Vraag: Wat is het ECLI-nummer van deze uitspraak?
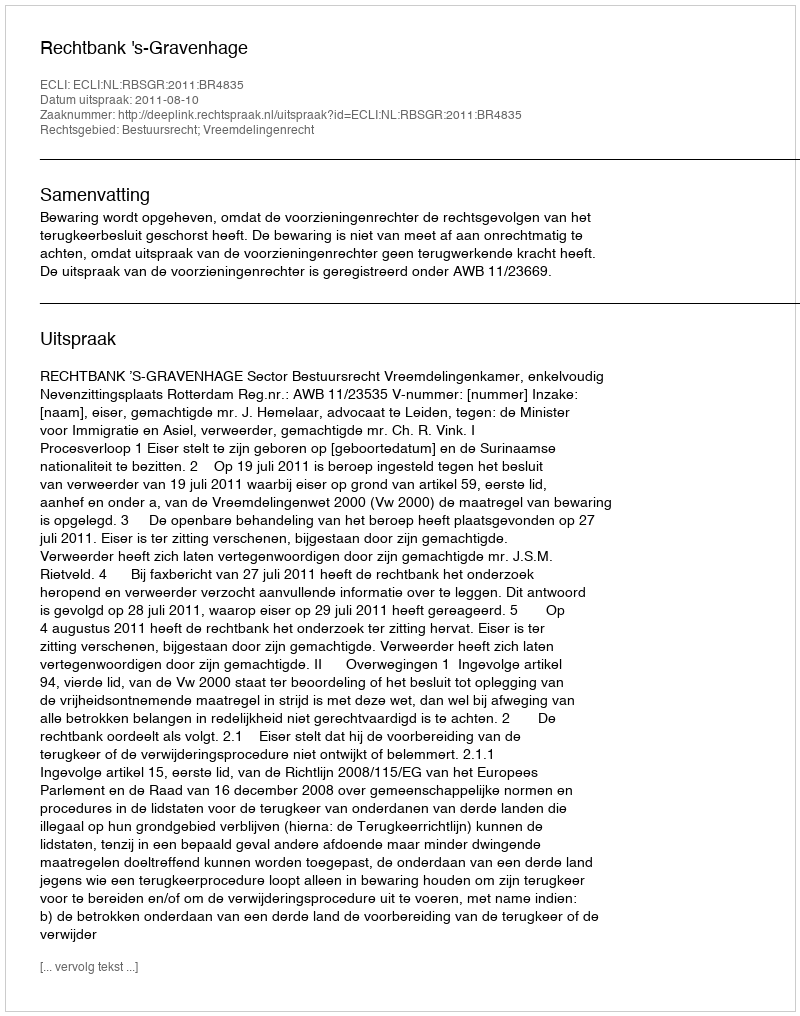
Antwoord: ECLI:NL:RBSGR:2011:BR4835